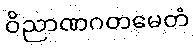
ဝိညာဏဂတမေတံ